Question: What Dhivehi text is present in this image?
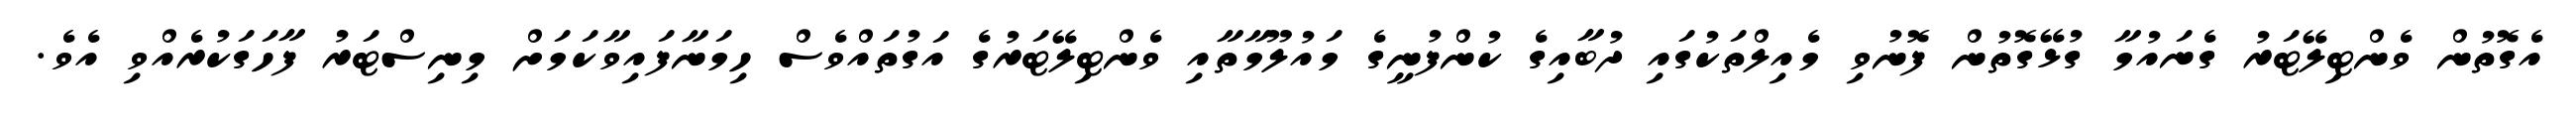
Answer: އެގޮތުން ވެންޓިލޭޓަރު ގެނައުމާ ގުޅޭގޮތުން ފޮނުވި މެއިލްތަކުގައި ދުބާއިގެ ކުންފުނީގެ މައުލޫމާތާއި ވެންޓިލޭޓަރުގެ އަގުތައްވެސް ހިމަނާފައިވާކަމަށް މިނިސްޓަރު ފާހަގަކުރެއްވި އެވެ.